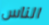
الناس